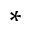
^ \ast